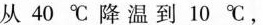
VaCl从40℃降温到10℃，